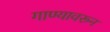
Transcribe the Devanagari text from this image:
गाण्यावरून